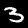
Digit: 3